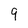
Character: 9